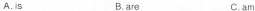
A.is B. are c.am